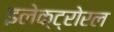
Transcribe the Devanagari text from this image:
इलेक्ट्रोरल